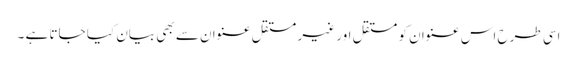
اسی طرح اس عنوان کو مستقل اور غیر مستقل عنوان سے بھی بیان کیا جاتا ہے ۔